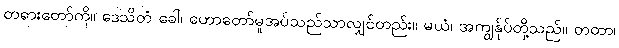
တရားတော်ကို။ ဒေသိတံ ခေါ၊ ဟောတော်မူအပ်သည်သာလျှင်တည်း။ မယံ၊ အကျွန်ုပ်တို့သည်။ တထာ၊